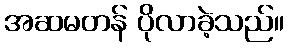
အဆမတန် ပိုလာခဲ့သည်။